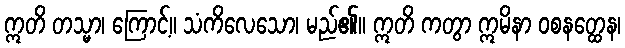
ဣတိ တသ္မာ၊ ကြောင့်။ သံကိလေသော၊ မည်၏။ ဣတိ ကတွာ ဣမိနာ ဝစနတ္ထေန၊